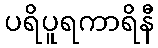
ပရိပူရကာရိနီ